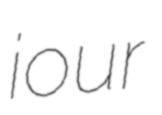
iour